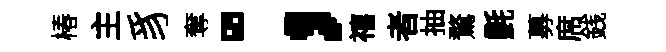
椿主豸奪；禧者抽鶩㲲募席銭